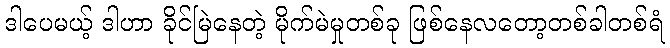
ဒါပေမယ့် ဒါဟာ ခိုင်မြဲနေတဲ့ မိုက်မဲမှုတစ်ခု ဖြစ်နေလတော့တစ်ခါတစ်ရံ